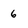
Character: 6